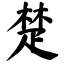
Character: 楚